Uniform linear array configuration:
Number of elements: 4
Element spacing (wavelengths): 1
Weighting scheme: exponential
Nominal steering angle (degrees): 30
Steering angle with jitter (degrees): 28.878
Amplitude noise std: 0.05
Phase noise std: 0.05

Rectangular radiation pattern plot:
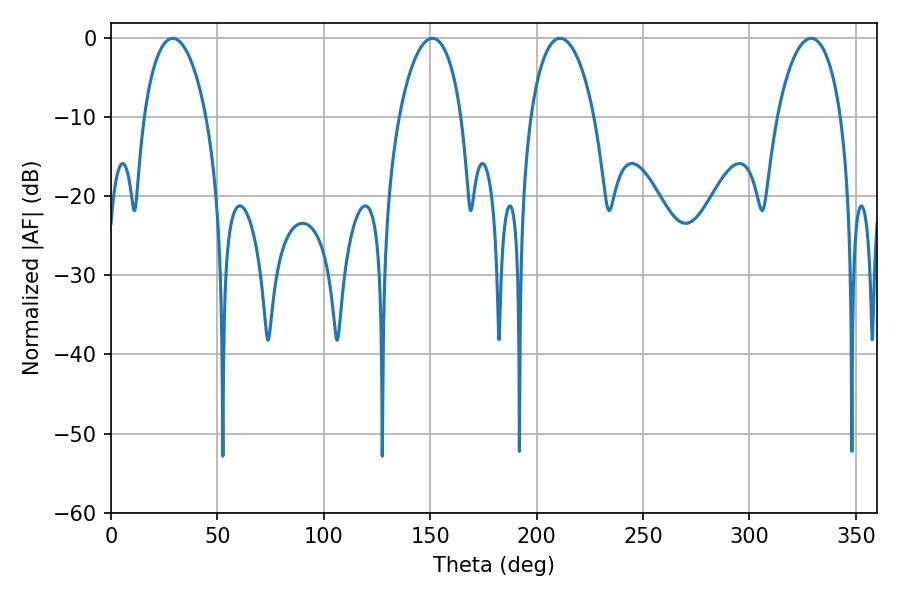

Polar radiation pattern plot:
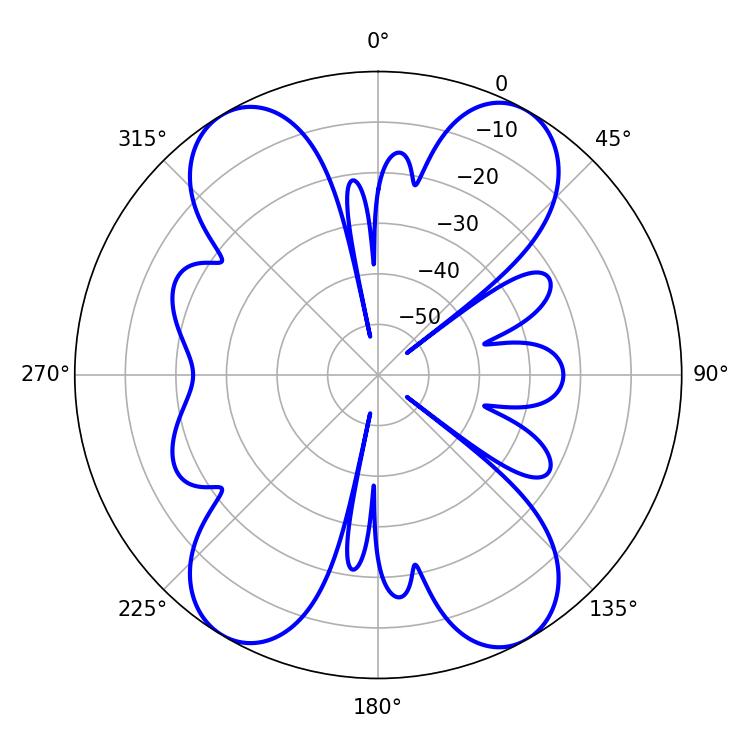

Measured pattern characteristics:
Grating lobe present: TRUE
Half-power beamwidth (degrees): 16.74
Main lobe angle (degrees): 28.98